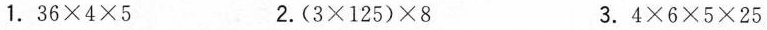
1.$$3 6 /times 4 /times 5$$ 2.$$( 3 /times 1 2 5 ) /times 8$$ 3.$$4 /times 6 /times 5 /times 2 5$$